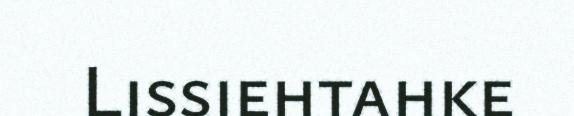
Lissiehtahke